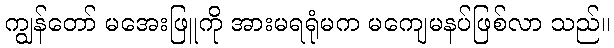
ကျွန်တော် မအေးဖြူကို အားမရရုံမက မကျေမနပ်ဖြစ်လာ သည်။